Regulations for the medical services of the Army of India
Year: 1930
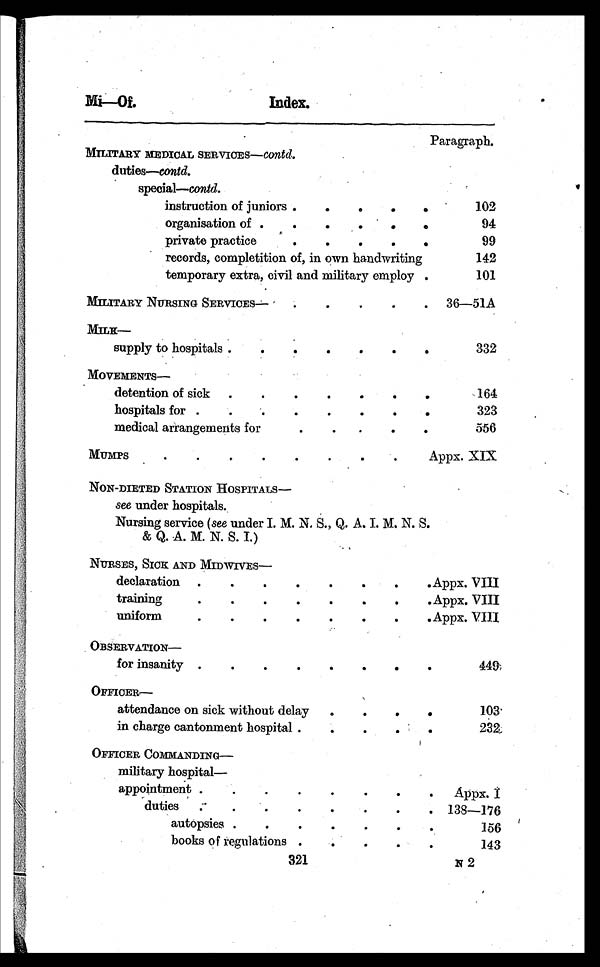
Mi—Of.
Index.
321
N 2
Paragraph.
MILITARY MEDICAL SERVICES— contd.
duties—contd.
special—contd.
instruction of juniors . . .
102
organisation of . . .
94
private practice . . .
99
records, completition of, in own handwriting
142
temporary extra, civil and military employ . . .
101
MILITARY NURSING SERVICES— . . .
36—51A
MILK—
supply to hospitals . . .
332
MOVEMENTS—
detention of sick . . .
164
hospitals for . . .
323
medical arrangements for . . .
556
MUMPS . . .
Appx. XIX
NON-DIETED STATION HOSPITALS—
see under hospitals.
Nursing service (see under I. M. N. S., Q. A. I. M. N. S.
& Q. A. M. N. S. I.)
NURSES, SICK AND MIDWIVES—
declaration . . .
Appx. VIII
training . . .
Appx. VIII
uniform . . .
Appx. VIII
OBSERVATION—
for insanity . . .
449
OFFICER—
a t t e n d a n c e o n s i c k w i t h o u t d e l a y . . .
103
in charge cantonment hospital . . .
232
O F F I C E R C O M M A N D I N G —
military hospital—
appointment . . .
Appx. I
duties . . .
138—176
autopsies . . .
156
books of regulations . . .
1 4 3